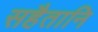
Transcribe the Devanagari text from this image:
सहैतानि